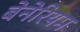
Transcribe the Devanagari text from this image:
बेनेरियम